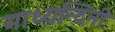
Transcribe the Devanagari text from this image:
माध्यन्दिनी